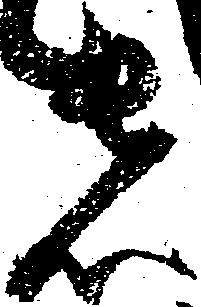
者